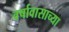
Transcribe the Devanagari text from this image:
वर्षावासाच्या